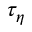
\tau _ { \eta }